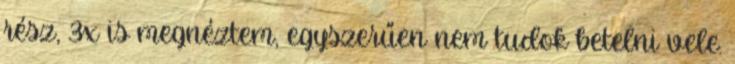
rész, 3x is megnéztem, egyszerűen nem tudok betelni vele.